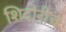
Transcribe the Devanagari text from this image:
शिदोरीच